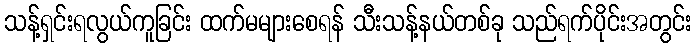
သန့်ရှင်းရလွယ်ကူခြင်း ထက်မများစေရန် သီးသန့်နယ်တစ်ခု သည်ရက်ပိုင်းအတွင်း